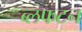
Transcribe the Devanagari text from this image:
ब्लफटन